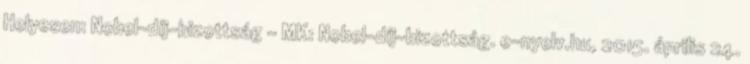
Helyesen: Nobel-díj-bizottság – MK: Nobel-díj-bizottság. e-nyelv.hu, 2015. április 24.